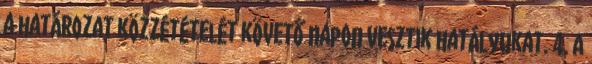
a határozat közzétételét követő napon vesztik hatályukat. 4. A